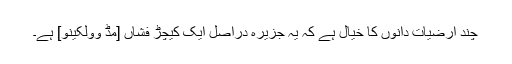
چند ارضیات دانوں کا خیال ہے کہ یہ جزیرہ دراصل ایک کیچڑ فشاں [مڈ وولکینو] ہے۔